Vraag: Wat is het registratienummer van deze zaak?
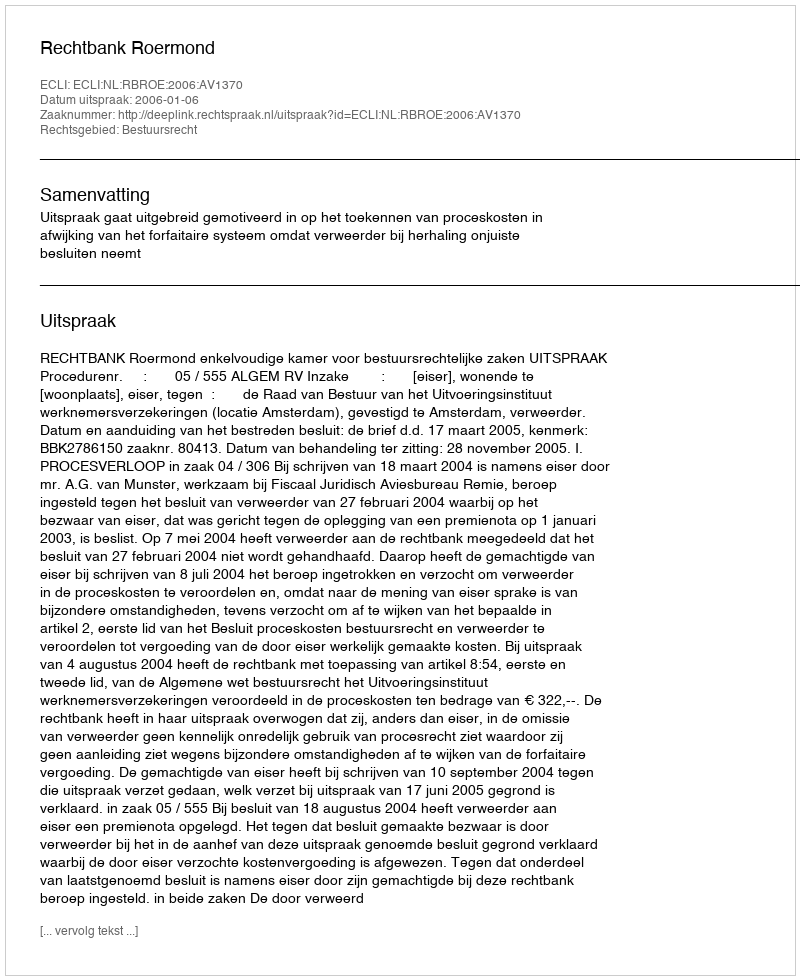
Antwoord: http://deeplink.rechtspraak.nl/uitspraak?id=ECLI:NL:RBROE:2006:AV1370